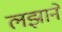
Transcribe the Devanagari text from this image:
लझाने